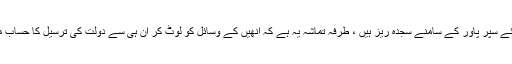
یہ حق تو مسلم حکمرانوں کا بنتا ہے مگر وہ تو خالق کائنات کی بجائے سپر پاور کے سامنے سجدہ ریز ہیں ، طرفہ تماشہ یہ ہے کہ انھیں کے وسائل کو لوٹ کر ان ہی سے دولت کی ترسیل کا حساب مانگا جا رہاہے، جنکا شمار خود متاثرین دہشت گردی میں ہوتا ہے ۔